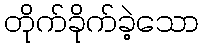
တိုက်ခိုက်ခဲ့သော